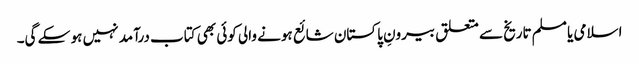
اسلامی یا مسلم تاریخ سے متعلق بیرونِ پاکستان شائع ہونے والی کوئی بھی کتاب درآمد نہیں ہو سکے گی۔